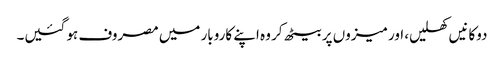
دوکانیں کھلیں، اور میزوں پر بیٹھ کر وہ اپنے کاروبار میں مصروف ہو گئیں۔